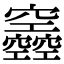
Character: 𥩌